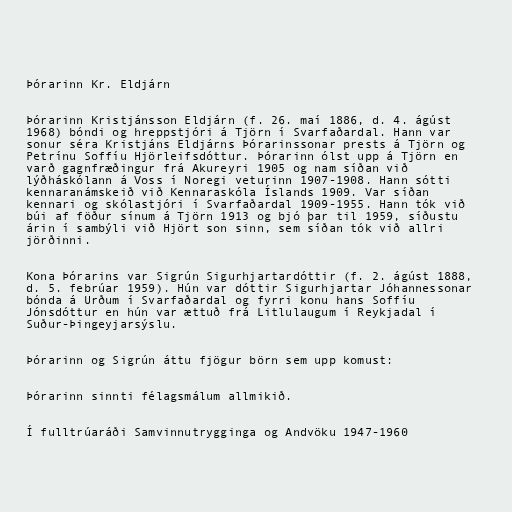
Þórarinn Kr. Eldjárn

Þórarinn Kristjánsson Eldjárn (f. 26. maí 1886, d. 4. ágúst
1968) bóndi og hreppstjóri á Tjörn í Svarfaðardal. Hann var
sonur séra Kristjáns Eldjárns Þórarinssonar prests á Tjörn og
Petrínu Soffíu Hjörleifsdóttur. Þórarinn ólst upp á Tjörn en
varð gagnfræðingur frá Akureyri 1905 og nam síðan við
lýðháskólann á Voss í Noregi veturinn 1907-1908. Hann sótti
kennaranámskeið við Kennaraskóla Íslands 1909. Var síðan
kennari og skólastjóri í Svarfaðardal 1909-1955. Hann tók við
búi af föður sínum á Tjörn 1913 og bjó þar til 1959, síðustu
árin í sambýli við Hjört son sinn, sem síðan tók við allri
jörðinni.

Kona Þórarins var Sigrún Sigurhjartardóttir (f. 2. ágúst 1888,
d. 5. febrúar 1959). Hún var dóttir Sigurhjartar Jóhannessonar
bónda á Urðum í Svarfaðardal og fyrri konu hans Soffíu
Jónsdóttur en hún var ættuð frá Litlulaugum í Reykjadal í
Suður-Þingeyjarsýslu.

Þórarinn og Sigrún áttu fjögur börn sem upp komust:

Þórarinn sinnti félagsmálum allmikið.

Í fulltrúaráði Samvinnutrygginga og Andvöku 1947-1960